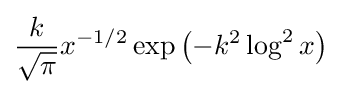
{\frac {k}{\sqrt {\pi }}}x^{-1/2}\exp \left(-k^{2}\log ^{2}x\right)